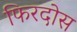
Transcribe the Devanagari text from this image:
फिरदोस